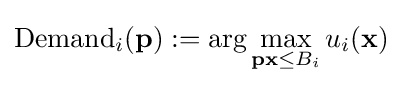
{\text{Demand}}_{i}(\mathbf {p} ):=\arg \max _{\mathbf {p} \mathbf {x} \leq B_{i}}u_{i}(\mathbf {x} )